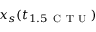
x _ { s } ( t _ { 1 . 5 \, \mathrm { ~ C ~ T ~ U ~ } } )